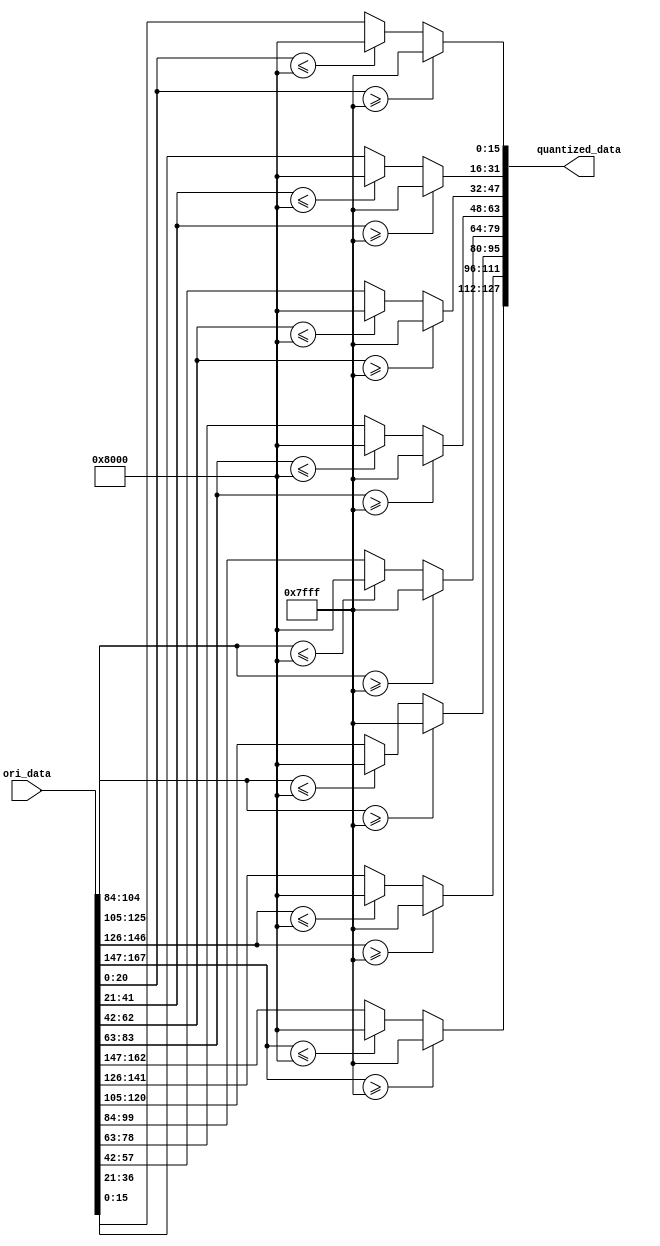
//-------ori data is from systolic array, output to quantized data-------

module quantize#(
	parameter ARRAY_SIZE = 8,
	parameter SRAM_DATA_WIDTH = 32,
	parameter DATA_WIDTH = 8,
	parameter OUTPUT_DATA_WIDTH = 16
)
(
	input signed [ARRAY_SIZE*(DATA_WIDTH+DATA_WIDTH+5)-1:0] ori_data,
	output reg signed [ARRAY_SIZE*OUTPUT_DATA_WIDTH-1:0] quantized_data
);

localparam max_val = 32767,min_val = -32768;
localparam ORI_WIDTH = DATA_WIDTH+DATA_WIDTH+5;

reg signed [ORI_WIDTH-1:0] ori_shifted_data;

integer i;

//quantize the data from 32 bit(16: integer, 8: precision) to 16 bit(8: integer, 8: precision)
always@* begin
	for(i=0; i<ARRAY_SIZE; i=i+1) begin	
		ori_shifted_data = ori_data[i*ORI_WIDTH +: ORI_WIDTH];
		if(ori_shifted_data >= max_val) quantized_data[i*OUTPUT_DATA_WIDTH +: OUTPUT_DATA_WIDTH] = max_val;
		else if(ori_shifted_data <= min_val) quantized_data[i*OUTPUT_DATA_WIDTH +: OUTPUT_DATA_WIDTH] = min_val;
		else quantized_data[i*OUTPUT_DATA_WIDTH +: OUTPUT_DATA_WIDTH] = ori_shifted_data[OUTPUT_DATA_WIDTH-1:0];
	end
end

endmodule